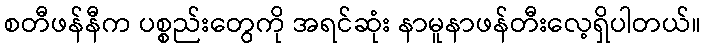
စတီဖန်နီက ပစ္စည်းတွေကို အရင်ဆုံး နာမူနာဖန်တီးလေ့ရှိပါတယ်။